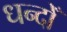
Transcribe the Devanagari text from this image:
धन्दोँ